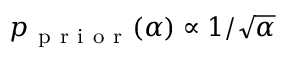
p _ { \mathrm { ~ p ~ r ~ i ~ o ~ r ~ } } ( \alpha ) \propto 1 / \sqrt { \alpha }